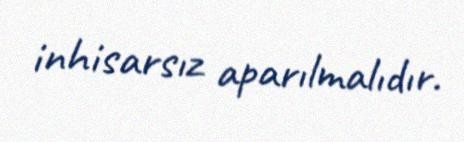
inhisarsız aparılmalıdır.